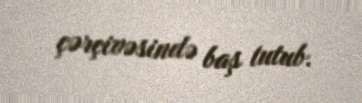
çərçivəsində baş tutub.